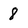
Character: 8